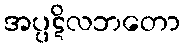
အပ္ပဋိလဘတော